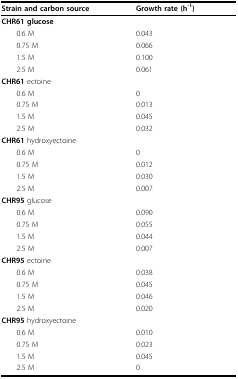
<table><thead><tr><td><b>Strain and carbon source</b></td><td><b>Growth rate (h<sup>-1</sup>)</b></td></tr></thead><tbody><tr><td colspan="2"><b>CHR61 </b>glucose</td></tr><tr><td> 0.6 M</td><td>0.043</td></tr><tr><td> 0.75 M</td><td>0.066</td></tr><tr><td> 1.5 M</td><td>0.100</td></tr><tr><td> 2.5 M</td><td>0.061</td></tr><tr><td colspan="2"><b>CHR61 </b>ectoine</td></tr><tr><td> 0.6 M</td><td>0</td></tr><tr><td> 0.75 M</td><td>0.013</td></tr><tr><td> 1.5 M</td><td>0.045</td></tr><tr><td> 2.5 M</td><td>0.032</td></tr><tr><td colspan="2"><b>CHR61 </b>hydroxyectoine</td></tr><tr><td> 0.6 M</td><td>0</td></tr><tr><td> 0.75 M</td><td>0.012</td></tr><tr><td> 1.5 M</td><td>0.030</td></tr><tr><td> 2.5 M</td><td>0.007</td></tr><tr><td colspan="2"><b>CHR95 </b>glucose</td></tr><tr><td> 0.6 M</td><td>0.090</td></tr><tr><td> 0.75 M</td><td>0.055</td></tr><tr><td> 1.5 M</td><td>0.044</td></tr><tr><td> 2.5 M</td><td>0.007</td></tr><tr><td colspan="2"><b>CHR95 </b>ectoine</td></tr><tr><td> 0.6 M</td><td>0.038</td></tr><tr><td> 0.75 M</td><td>0.045</td></tr><tr><td> 1.5 M</td><td>0.046</td></tr><tr><td> 2.5 M</td><td>0.020</td></tr><tr><td colspan="2"><b>CHR95 </b>hydroxyectoine</td></tr><tr><td> 0.6 M</td><td>0.010</td></tr><tr><td> 0.75 M</td><td>0.023</td></tr><tr><td> 1.5 M</td><td>0.045</td></tr><tr><td> 2.5 M</td><td>0</td></tr></tbody></table>